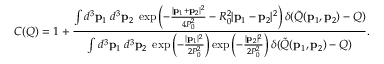
C ( Q ) = 1 + \frac { \int d ^ { 3 } { \bf p } _ { 1 } \; d ^ { 3 } { \bf p } _ { 2 } \; \exp \left( - \frac { | { \bf p } _ { 1 } + { \bf p } _ { 2 } | ^ { 2 } } { 4 P _ { 0 } ^ { 2 } } - R _ { 0 } ^ { 2 } | { \bf p } _ { 1 } - { \bf p } _ { 2 } | ^ { 2 } \right) \delta ( \tilde { Q } ( { \bf p } _ { 1 } , { \bf p } _ { 2 } ) - Q ) } { \int d ^ { 3 } { \bf p } _ { 1 } \; d ^ { 3 } { \bf p } _ { 2 } \; \exp \left( - \frac { | { \bf p } _ { 1 } | ^ { 2 } } { 2 P _ { 0 } ^ { 2 } } \right) \exp \left( - \frac { | { \bf p } _ { 2 } | ^ { 2 } } { 2 P _ { 0 } ^ { 2 } } \right) \delta ( \tilde { Q } ( { \bf p } _ { 1 } , { \bf p } _ { 2 } ) - Q ) } .